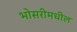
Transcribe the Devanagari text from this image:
भोसरीमधील